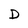
Character: D